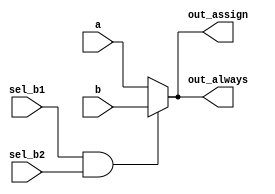
module top_module(
    input a,
    input b,
    input sel_b1,
    input sel_b2,
    output wire out_assign,
    output reg out_always
);

assign out_assign = sel_b1 & sel_b2 ? b : a;
always @(*)
    if (sel_b1 & sel_b2) out_always = b;
    else out_always = a;

endmodule